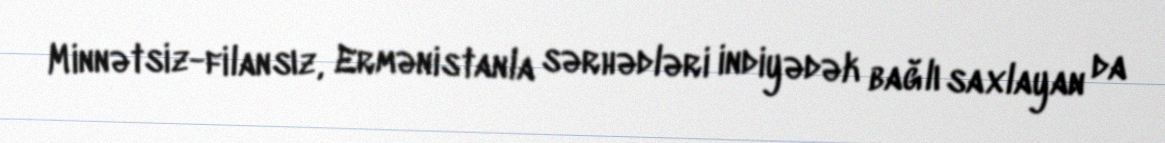
Minnətsiz-filansız, Ermənistanla sərhədləri indiyədək bağlı saxlayan da